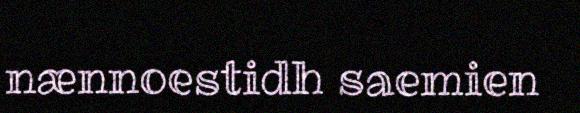
nænnoestidh saemien